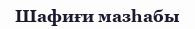
Шафиғи мазһабы